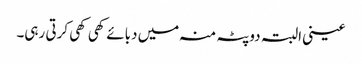
عینی البتہ دوپٹہ منہ میں دبائے کھی کھی کرتی رہی۔